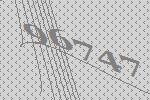
96747